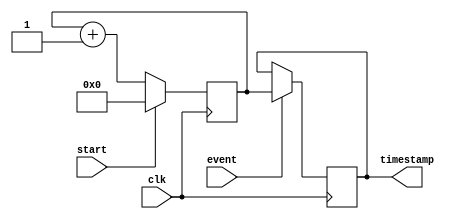
module timestamp_timer(
  input wire clk,
  input wire start,
  input wire event,
  output reg [31:0] timestamp
);

reg [31:0] current_time;

always @(posedge clk) begin
  if (start) begin
    current_time <= 0;
  end else begin
    current_time <= current_time + 1;
  end
end

always @(posedge clk) begin
  if (event) begin
    timestamp <= current_time;
  end
end

endmodule